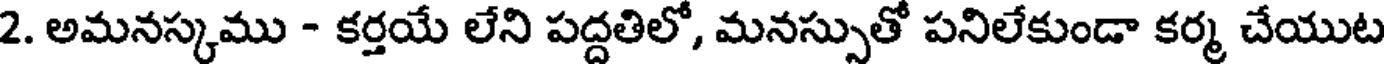
2. అమనస్కము - కర్తయే లేని పద్దతిలో, మనస్సుతో పనిలేకుండా కర్మ చేయుట